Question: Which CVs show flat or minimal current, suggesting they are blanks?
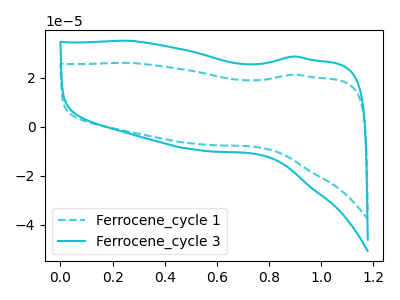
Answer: <think>The cyan dashed curve "Ferrocene_cycle 1" has no peaks. The cyan curve "Ferrocene_cycle 3" has no peaks.</think>
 <answer>"Ferrocene_cycle 1" and "Ferrocene_cycle 3" are likely to be blanks.</answer>
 <eval>"Ferrocene_cycle 1", "Ferrocene_cycle 3"</eval>